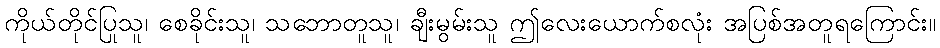
ကိုယ်တိုင်ပြုသူ၊ စေခိုင်းသူ၊ သဘောတူသူ၊ ချီးမွမ်းသူ ဤလေးယောက်စလုံး အပြစ်အတူရကြောင်း။